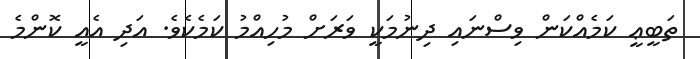
ތަބީޢީ ކަމެއްކަން ވިސްނައި ދިނުމަކީ ވަރަށް މުހިއްމު ކަމެކެވެ. އަދި އެއީ ކޮންމެ